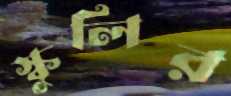
স্কুলির